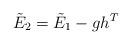
LaTeX: \begin{align*} \tilde{E}_2 = \tilde{E}_1-gh^T \end{align*}